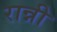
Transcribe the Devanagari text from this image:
रान्नी